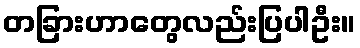
တခြားဟာတွေလည်းပြပါဦး။